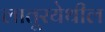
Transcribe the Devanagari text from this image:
लातूरयेथील